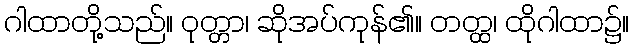
ဂါထာတို့သည်။ ဝုတ္တာ၊ ဆိုအပ်ကုန်၏။ တတ္ထ၊ ထိုဂါထာ၌။